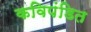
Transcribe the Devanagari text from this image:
कविपंडित